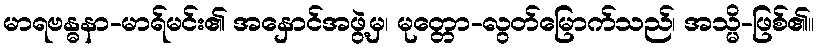
မာရဗန္ဓနာ-မာရ်မင်း၏ အနှောင်အဖွဲ့မှ၊ မုတ္တော-လွတ်မြောက်သည်၊ အသ္မိ-ဖြစ်၏။